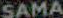
SAMA